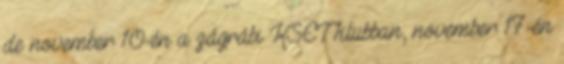
de november 10-én a zágrábi KSET klubban, november 17-én